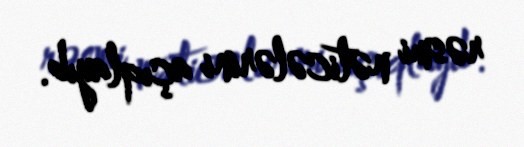
rəsmi nəticələrini açıqlayıb.